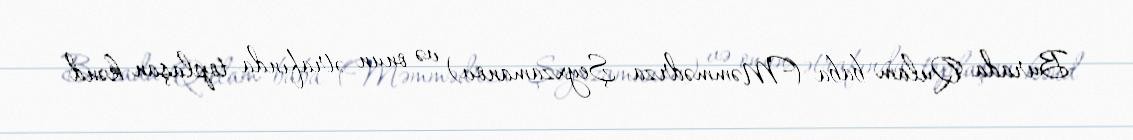
Burada Qulam baba (Məmmədrza Şeyxzamanov) və onun ətrafında toplaşan kənd